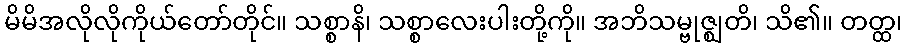
မိမိအလိုလိုကိုယ်တော်တိုင်။ သစ္စာနိ၊ သစ္စာလေးပါးတို့ကို။ အဘိသမ္ဗုဇ္ဈတိ၊ သိ၏။ တတ္ထ၊